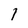
Character: 1